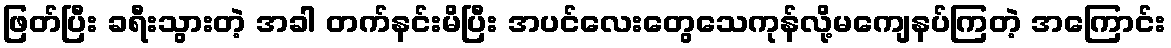
ဖြတ်ပြီး ခရီးသွားတဲ့ အခါ တက်နင်းမိပြီး အပင်လေးတွေသေကုန်လို့မကျေနပ်ကြတဲ့ အကြောင်း